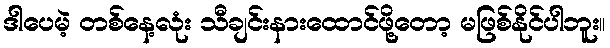
ဒါပေမဲ့ တစ်နေ့လုံး သီချင်းနားထောင်ဖို့တော့ မဖြစ်နိုင်ပါဘူး။